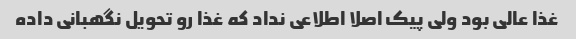
غذا عالی بود ولی پیک اصلا اطلاعی نداد که غذا رو تحویل نگهبانی داده